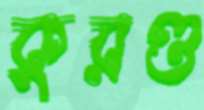
কুরণ্ড